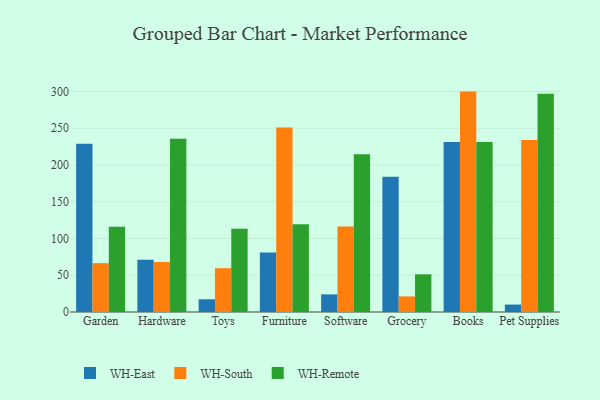
{"axis": {"x": "Category", "y": "Gross Profit (USD K)"}, "legend": ["WH-East", "WH-Remote", "WH-South"], "data": [{"x": "Garden", "y": 229.0, "type": "WH-East"}, {"x": "Garden", "y": 66.5, "type": "WH-South"}, {"x": "Garden", "y": 116.0, "type": "WH-Remote"}, {"x": "Hardware", "y": 71.2, "type": "WH-East"}, {"x": "Hardware", "y": 68.1, "type": "WH-South"}, {"x": "Hardware", "y": 235.8, "type": "WH-Remote"}, {"x": "Toys", "y": 17.3, "type": "WH-East"}, {"x": "Toys", "y": 59.6, "type": "WH-South"}, {"x": "Toys", "y": 113.3, "type": "WH-Remote"}, {"x": "Furniture", "y": 80.9, "type": "WH-East"}, {"x": "Furniture", "y": 251.0, "type": "WH-South"}, {"x": "Furniture", "y": 119.5, "type": "WH-Remote"}, {"x": "Software", "y": 24.0, "type": "WH-East"}, {"x": "Software", "y": 116.5, "type": "WH-South"}, {"x": "Software", "y": 214.8, "type": "WH-Remote"}, {"x": "Grocery", "y": 184.2, "type": "WH-East"}, {"x": "Grocery", "y": 21.2, "type": "WH-South"}, {"x": "Grocery", "y": 51.3, "type": "WH-Remote"}, {"x": "Books", "y": 231.3, "type": "WH-East"}, {"x": "Books", "y": 299.9, "type": "WH-South"}, {"x": "Books", "y": 231.4, "type": "WH-Remote"}, {"x": "Pet Supplies", "y": 10.1, "type": "WH-East"}, {"x": "Pet Supplies", "y": 234.1, "type": "WH-South"}, {"x": "Pet Supplies", "y": 297.0, "type": "WH-Remote"}]}